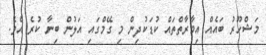
މަޝްހޫރު ބައެއް އިމާރާތްތައް ކުޑަކުދިން މި ގޭމްގައި އަލުން ބިނާ ކުރެ އެވެ.